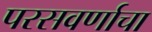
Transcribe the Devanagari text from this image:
परसवर्णाचा